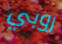
روبي